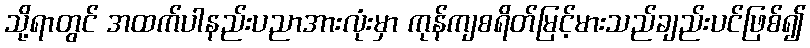
သို့ရာတွင် အထက်ပါနည်းပညာအားလုံးမှာ ကုန်ကျစရိတ်မြင့်မားသည်ချည်းပင်ဖြစ်၍